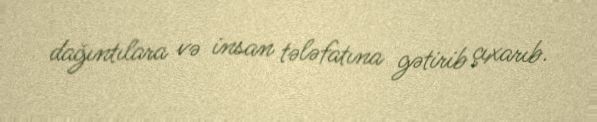
dağıntılara və insan tələfatına gətirib çıxarıb.